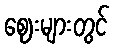
ဈေးများတွင်